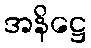
အနိဋ္ဌေ